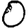
Digit: 0